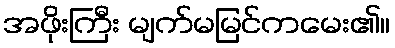
အဖိုးကြီး မျက်မမြင်ကမေး၏။